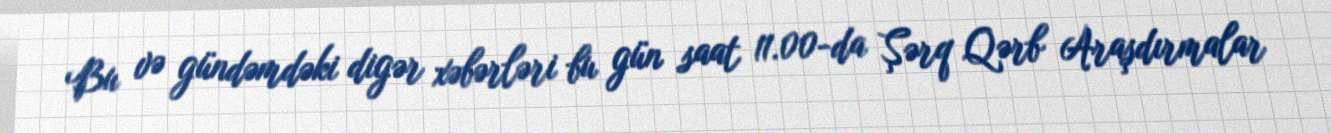
Bu və gündəmdəki digər xəbərləri bu gün saat 11.00-da Şərq Qərb Araşdırmalar